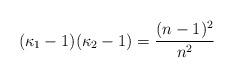
LaTeX: \begin{align*}(\kappa_1-1)(\kappa_2-1)=\frac{(n-1)^2}{n^2}\end{align*}